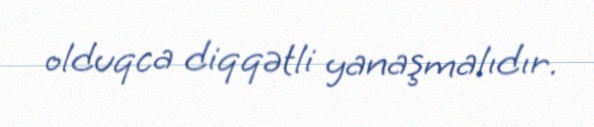
olduqca diqqətli yanaşmalıdır.